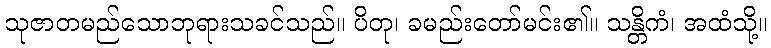
သုဇာတမည်သောဘုရားသခင်သည်။ ပိတု၊ ခမည်းတော်မင်း၏။ သန္တိကံ၊ အထံသို့။